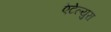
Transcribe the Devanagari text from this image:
ऐटेल्युरा